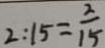
2 : 1 5 = \frac { 2 } { 1 5 }